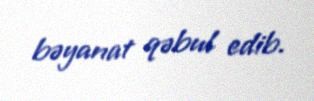
bəyanat qəbul edib.